Indian journal of veterinary science and animal husbandry - Volume 8,
Year: 1938
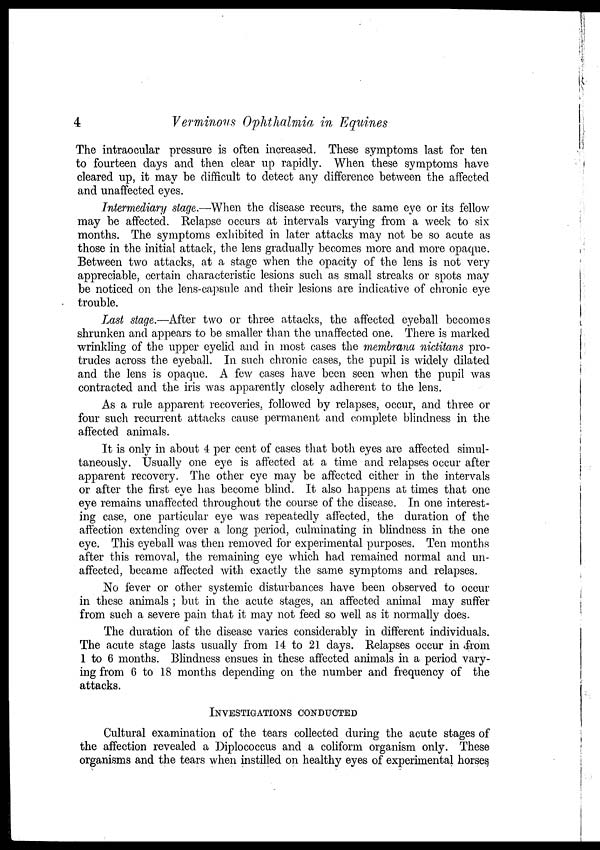
4
Verminous Ophthalmia in Equines
The intraocular pressure is often increased. These symptoms last for ten
to fourteen days and then clear up rapidly. When these symptoms have
cleared up, it may be difficult to detect any difference between the affected
and unaffected eyes.
Intermediary stage.—When the disease recurs, the same eye or its fellow
may be affected. Relapse occurs at intervals varying from a week to six
months. The symptoms exhibited in later attacks may not be so acute as
those in the initial attack, the lens gradually becomes more and more opaque.
Between two attacks, at a stage when the opacity of the lens is not very
appreciable, certain characteristic lesions such as small streaks or spots may
be noticed on the lens-capsule and their lesions are indicative of chronic eye
trouble.
Last stage.—After two or three attacks, the affected eyeball becomes
shrunken and appears to be smaller than the unaffected one. There is marked
wrinkling of the upper eyelid and in most cases the membrana nictitans pro-
trudes across the eyeball. In such chronic cases, the pupil is widely dilated
and the lens is opaque. A few cases have been seen when the pupil was
contracted and the iris was apparently closely adherent to the lens.
As a rule apparent recoveries, followed by relapses, occur, and three or
four such recurrent attacks cause permanent and complete blindness in the
affected animals.
It is only in about 4 per cent of cases that both eyes are affected simul-
taneously. Usually one eye is affected at a time and relapses occur after
apparent recovery. The other eye may be affected either in the intervals
or after the first eye has become blind. It also happens at times that one
eye remains unaffected throughout the course of the disease. In one interest-
ing case, one particular eye was repeatedly affected, the duration of the
affection extending over a long period, culminating in blindness in the one
eye. This eyeball was then removed for experimental purposes. Ten months
after this removal, the remaining eye which had remained normal and un-
affected, became affected with exactly the same symptoms and relapses.
No fever or other systemic disturbances have been observed to occur
in these animals ; but in the acute stages, an affected animal may suffer
from such a severe pain that it may not feed so well as it normally does.
The duration of the disease varies considerably in different individuals.
The acute stage lasts usually from 14 to 21 days. Relapses occur in from
1 to 6 months. Blindness ensues in these affected animals in a period vary-
ing from 6 to 18 months depending on the number and frequency of the
attacks.
INVESTIGATIONS CONDUCTED
Cultural examination of the tears collected during the acute stages of
the affection revealed a Diplococcus and a coliform organism only. These
organisms and the tears when instilled on healthy eyes of experimental horses